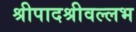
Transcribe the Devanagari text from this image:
श्रीपादश्रीवल्लभ